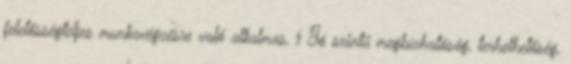
felelősségteljes munkavégzésre való alkalmas, § Jó szintű megbízhatóság, terhelhetőség,